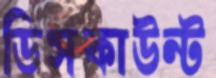
ডিসকাউন্ট